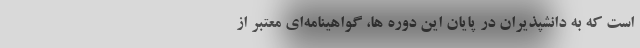
است که به دانشپذیران در پایان این دوره ها، گواهینامه‌ای معتبر از